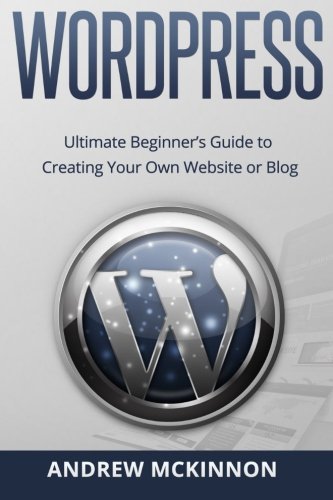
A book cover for Wordpress: Ultimate Beginner's Guide to Creating Your Own Website or Blog; Andrew Mckinnon; Computers & Technology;